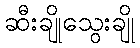
ဆီးချိုသွေးချို